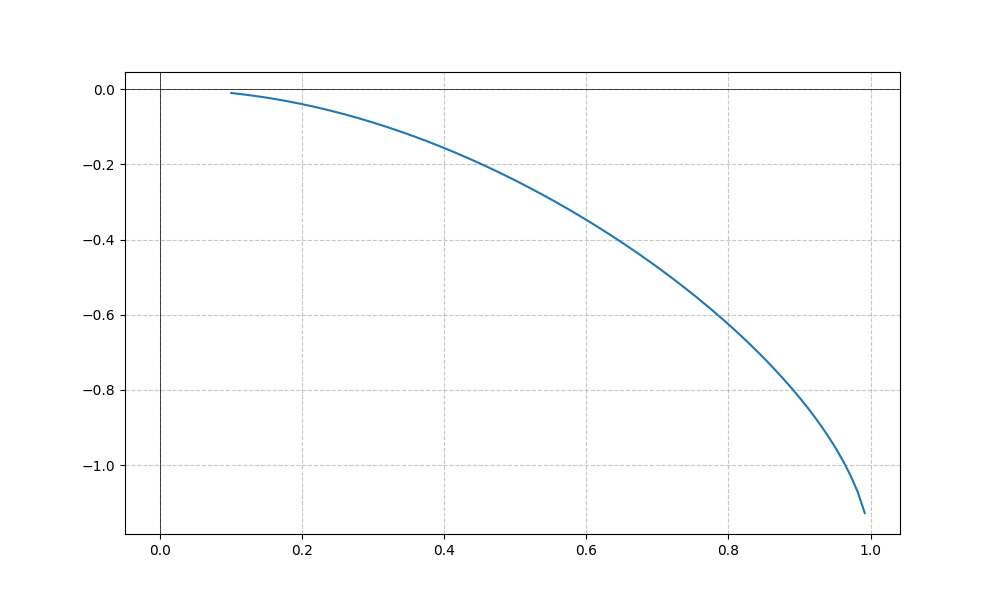
LaTeX formula: - \operatorname{asin}{\left(x \right)} \operatorname{atan}{\left(x \right)}